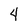
Character: 4